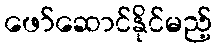
ဖော်ဆောင်နိုင်မည့်